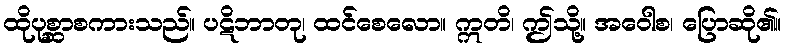
ထိုပုစ္ဆာစကားသည်။ ပဋိဘာတု၊ ထင်စေလော။ ဣတိ၊ ဤသို့။ အဝေါစ၊ ပြောဆို၏။